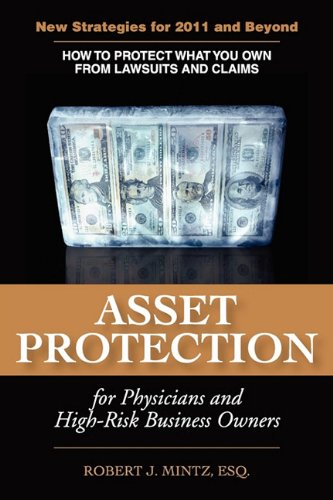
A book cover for Asset Protection for Physicians and High-Risk Business Owners; Robert J. Mintz; Law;